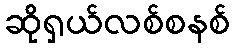
ဆိုရှယ်လစ်စနစ်